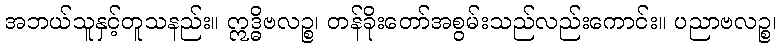
အဘယ်သူနှင့်တူသနည်း။ ဣဒ္ဓိဗလဉ္စ၊ တန်ခိုးတော်အစွမ်းသည်လည်းကောင်း။ ပညာဗလဉ္စ၊